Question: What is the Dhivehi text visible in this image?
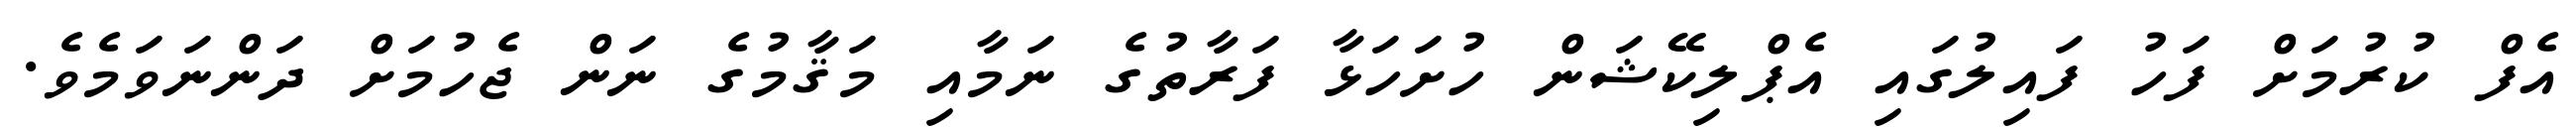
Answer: އެފް ކުރުމަށް ފަހު ފައިލުގައި އެޕްލިކޭޝަން ހުށަހަޅާ ފަރާތުގެ ނަމާއި މަޤާމުގެ ނަން ޖެހުމަށް ދަންނަވަމެވެ.